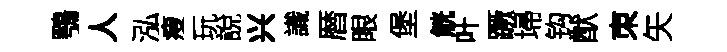
鶚人泓瘦玩說兴識暦眼堡觥叶蹶埽钩猷朿矢